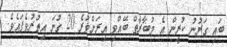
ބައި ގަރުނު ކުރީން އެ މުބާރާތް ބޭއްވި އިރަށްވުރެ 20 ގުނަ އިތުރުވެފައެވެ.